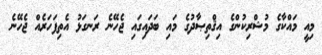
މިއީ މައްކާގެ މުޝްރިކުންގެ އިޤްތިޞާދުގެ މައި ބަދައިގައި ޖެހޭނެ ރަނގަޅު އެތިފަހަރެއް ޖެހޭނެ